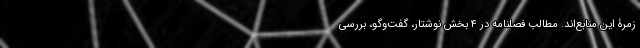
زمرۀ این منابع‌اند. مطالب فصلنامه در ۴ بخش نوشتار، گفت‌وگو، بررسی